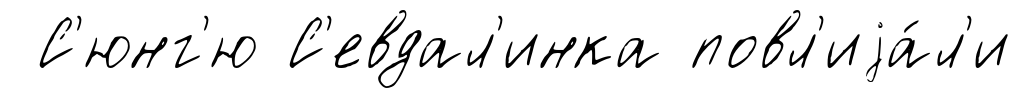
С'юнг'ю С'евдал'инка повл'иjа́л'и